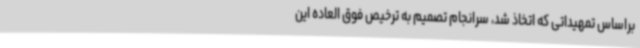
براساس تمهیداتی که اتخاذ شد، سرانجام تصمیم به ترخیص فوق العاده این